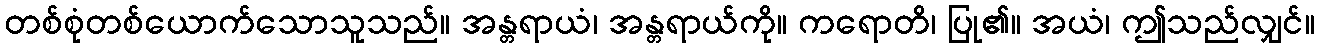
တစ်စုံတစ်ယောက်သောသူသည်။ အန္တရာယံ၊ အန္တရာယ်ကို။ ကရောတိ၊ ပြု၏။ အယံ၊ ဤသည်လျှင်။